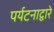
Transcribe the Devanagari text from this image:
पर्यटनाद्वारे